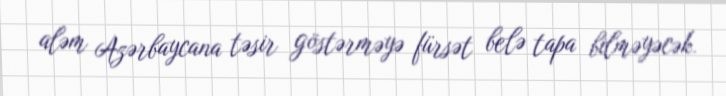
aləm Azərbaycana təsir göstərməyə fürsət belə tapa bilməyəcək.